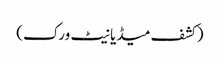
(کشف میڈیا نیٹ ورک)